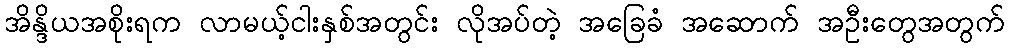
အိန္ဒိယအစိုးရက လာမယ့်ငါးနှစ်အတွင်း လိုအပ်တဲ့ အခြေခံ အဆောက် အဦးတွေအတွက်